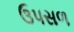
ઉપસળ